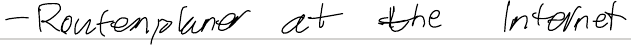
- Routenplaner at the Internet